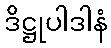
ဒိဋ္ဌုပါဒါနံ